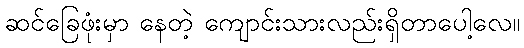
ဆင်ခြေဖုံးမှာ နေတဲ့ ကျောင်းသားလည်းရှိတာပေါ့လေ။